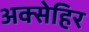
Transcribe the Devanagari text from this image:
अक्सेहिर